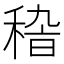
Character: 𥟵